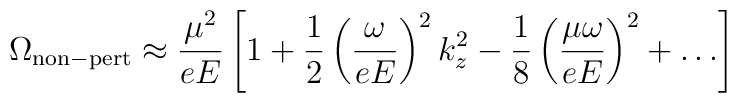
\Omega_{\rm non-pert} \approx \frac{\mu^2}{eE}\left[1+\frac{1}{2}\left(\frac{\omega}{eE}\right)^2k_z^2-\frac{1}{8}\left(\frac{\mu\omega}{eE}\right)^2+\dots\right]